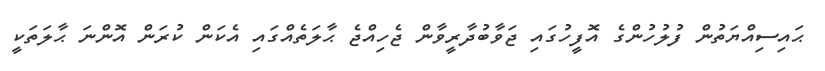
ޙައިސިއްޔަތުން ފުލުހުންގެ އޮފީހުގައި ޖަވާބުދާރީވާން ޖެހިއްޖެ ޙާލަތެއްގައި އެކަން ކުރަން އޮންނަ ޙާލަތަކީ